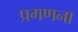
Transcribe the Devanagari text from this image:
प्रगणना